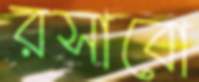
রসাবো